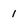
Character: 1